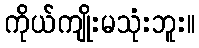
ကိုယ်ကျိုးမသုံးဘူး။